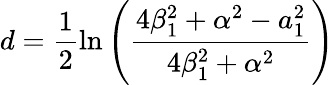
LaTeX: d=\frac{1}{2}\ln{\left(\frac{4\beta_{1}^{2}+\alpha^{2}-a_{1}^{2}}{4\beta_{1}^{2}+\alpha^{2}}\right)}